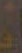
.